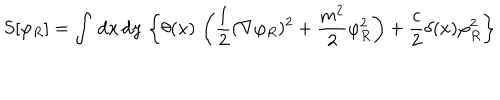
S [ \varphi _ { R } ] = \int \, { \mathrm { d } } x \, { \mathrm { d } } y \, \left\{ \theta ( x ) \, \left( \frac { 1 } { 2 } ( \nabla \varphi _ { R } ) ^ { 2 } + \frac { m ^ { 2 } } { 2 } \varphi _ { R } ^ { 2 } \right) + \frac { c } { 2 } \delta ( x ) \varphi _ { R } ^ { 2 } \right\}